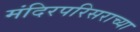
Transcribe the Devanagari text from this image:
मंदिरपरिसराच्या